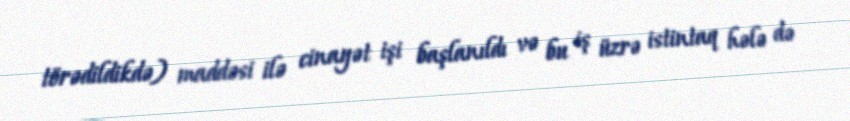
törədildikdə) maddəsi ilə cinayət işi başlanıldı və bu iş üzrə istintaq hələ də